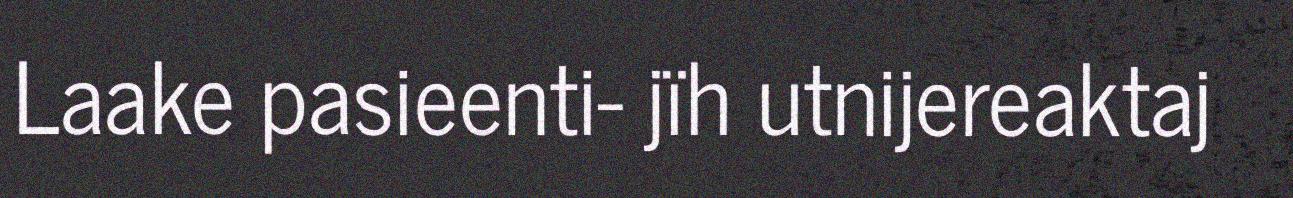
Laake pasieenti- jïh utnijereaktaj